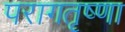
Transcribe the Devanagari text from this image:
परागतृष्णा